Report of the Municipal Commissioner on the plague in Bombay for the year ending 31st May... - Volume 2
Disease focus: Plague
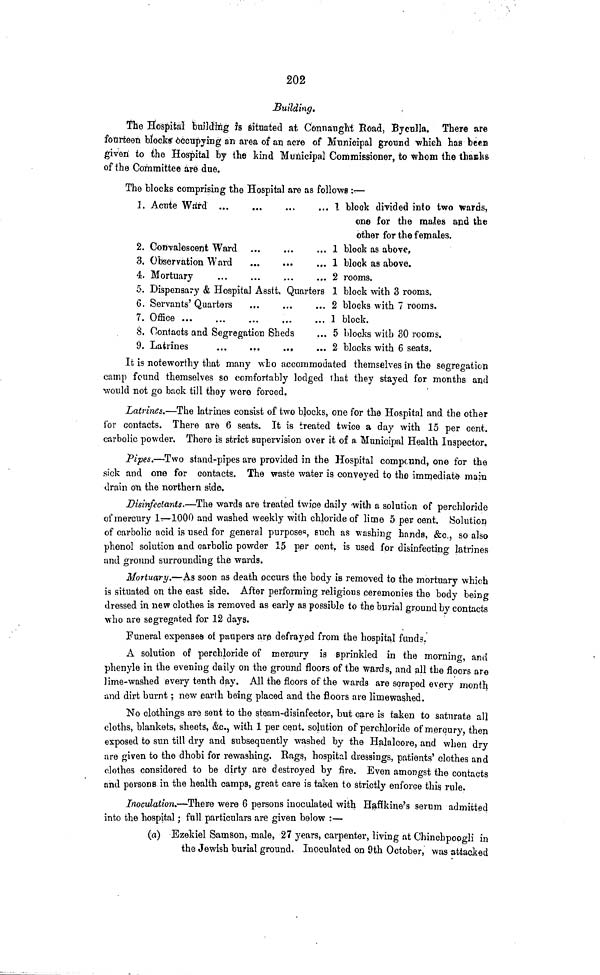
202
Building.
Hie Hospital building ?s situated at Connaught Koad, Byculla. There are
fourteen blocks' occupying an area of an acre of Municipal ground which has been
given to &ie Hospital by the kind Municipal Commissioner, to whom the thanks
of the Committee are due.
The blocks comprising the Hospital are as follows :—
1. Acute Watrd
1 block divided into two wards,
one for the maJles apd the
other for the females.
2. Convalescent Ward ...
...
.,.1 block as above,
3. Observation Ward
...
...
.,. 1 block as above.
4. Mortuary
...
...
...
...2 rooms.
5. Dispensary & Hospital Asstt. Quarters 1 block with 3 rooms.
6. Servants' Quarters
...
...
... 2 blocks with 7 rooms.
7. Office
1 block.
8. Contacts and Segregation Sheds
... 5 blocks with 30 rooms.
9. Latrines
.,.
...
...
... 2 blocks with 6 seats.
It is noteworthy that many who accommodated themselves in the segregation
camp found themselves so comfortably lodged lhat they stayed for months and
would not go back till they were forced.
Latrines.—The latrines consist of two blocks, one for the Hospital and the other
for contacts. There are 6 seats. It is treated twice a day with 15 per cent,
carbolic powder. There is strict supervision over it of a Municipal Health Inspector,
Pipes.—Two stand-pipes are provided in the Hospital compound, one for the
sick and one for contacts. The waste water is conveyed to the immediate- main
drain on the northern side.
Disinfectants.—The wards are treated twice daily with a solution of perchloride
of mercury lr-1000 and washed weekly with chloride of lime 5 per cent. Solution
of carbolic acid is used for general purposes, such as washing hands, (&c., so also
phenol solution and carbolic powder 15 per cent, is used for disinfecting latrines
and ground surrounding the wards.
Mortuary.—As soon as death occurs the body is removed to the mortuary which
is situated on the east side. After performing religious ceremonies the body being
dressed in new clothes is removed as early as possible to the burial ground by contacts
who are segregated for 12 days.
Funeral expenses ot paupers are defrayed from the hospital funds.
A solution of perchloride of mercury is sprinkled in the morning, and
phenyle in the evening daily on the ground floors of the wards, and all the floors are
lime-washed every tenth day. All the floors of the wards are scraped every month
and dirt burnt; new earth being placed and the floors are limewashed.
No clothings are sent to the steam-disinfector, but care is taken to saturate all
cloths, blankets, sheets, &c., with 1 per cent, solution, of perchloride of mercury, then
exposed to sun till dry and subsequently washed by the Halaloore, and when dry
are given to the dhobi for rewashing. Bags, hospital dressings, patients' clothes and
clothes considered to be dirty are destroyed by fire. Even amongst the contacts
and persons in the health camps, great care is taken to strictly enforce this rule.
Inoculation.—There were 6 persons inoculated with Hafikine's serum admitted
into the hospital; full particulars are given below :—
(a) Ezekiel Samson, male, 27 years, carpenter, living at Chinchpoogli in
the Jewish burial ground. Inoculated on 9th October, was attacked